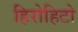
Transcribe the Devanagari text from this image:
हिरोहिटो